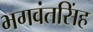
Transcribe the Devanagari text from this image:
भगवंतसिंह